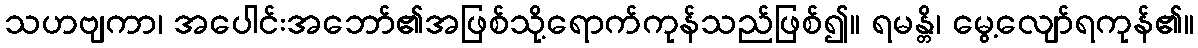
သဟဗျကာ၊ အပေါင်းအဘော်၏အဖြစ်သို့ရောက်ကုန်သည်ဖြစ်၍။ ရမန္တိ၊ မွေ့လျော်ရကုန်၏။